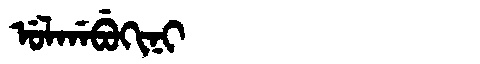
Manchu: ᡠᠯᡤᠠᠪᡠᡴᡳᠨᡳ
Romanization: ULGABUKINI